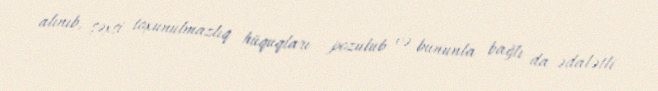
alınıb, şəxsi toxunulmazlıq hüquqları pozulub və bununla bağlı da ədalətli